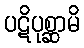
ပဋိပုစ္ဆာမိ